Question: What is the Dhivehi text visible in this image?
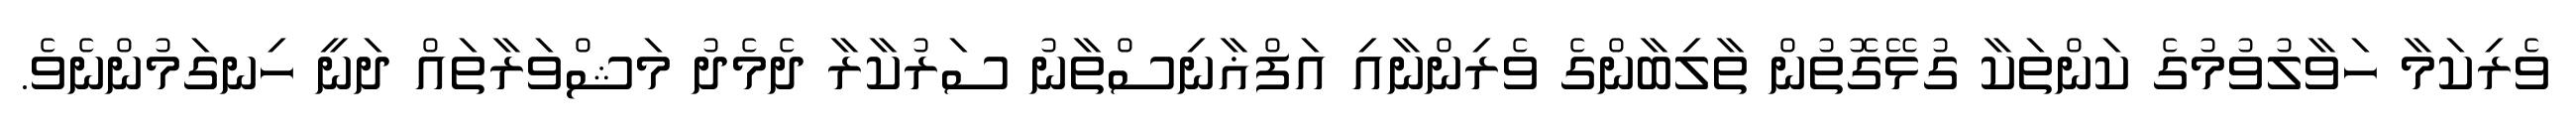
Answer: ވެރިކަމާ ހަވާލުވުމުގެ ކަންތަކާ ގުޅޭގޮތުން ތާލިބާންގެ ވެރިންނާއި އަފްޣާނިސްތާނު ސަރުކާރާ ދެމެދު މަޝްވަރާތައް ދަނީ ހިނގަމުންނެވެ.